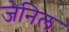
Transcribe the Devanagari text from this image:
जेनिल